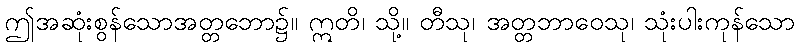
ဤအဆုံးစွန်သောအတ္တဘော၌။ ဣတိ၊ သို့။ တီသု၊ အတ္တဘာဝေသု၊ သုံးပါးကုန်သော